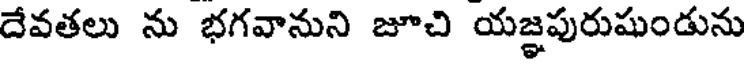
దేవతలు ను భగవానుని జూచి యజ్ఞపురుషుండును